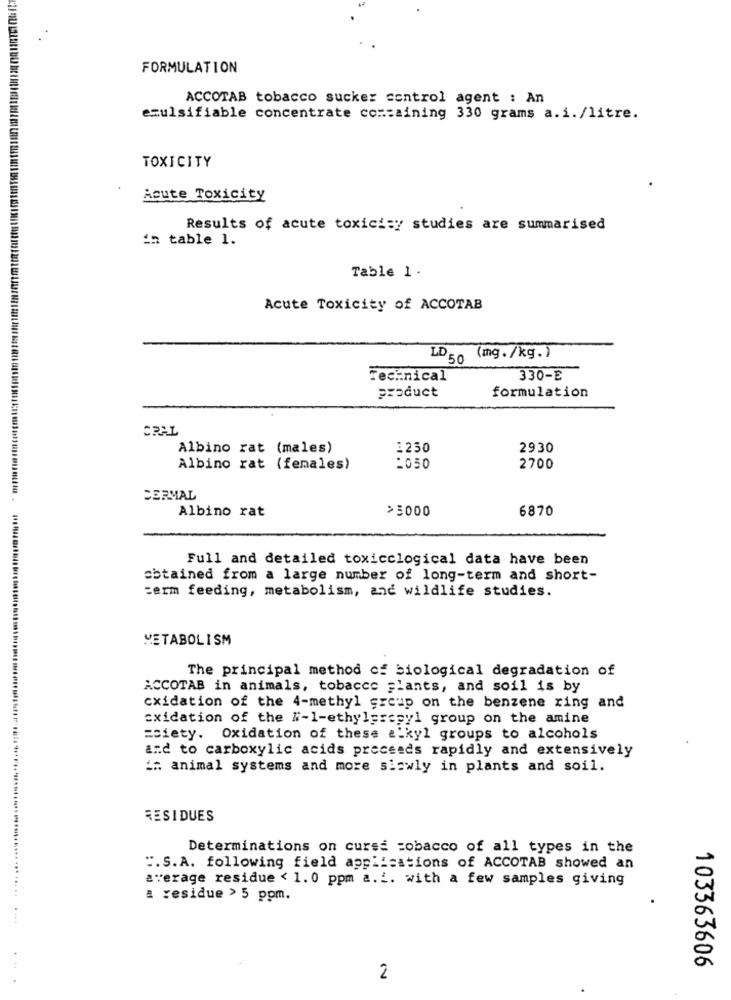
FORMULATION
ACCOTAB tobacco sucker control agent : An
emulsifiable concentrate containing 330 grams a.i. /litre.
TOXICITY
Acute Toxicity
Results of acute toxici:y studies are summarised
in table 1.
Table 1 .
Acute Toxicity of ACCOTAB
LD 50 (mg./kg.)
Technical
330-E
product
formulation
CRAL
Albino rat (males)
:250
2930
Albino rat (females)
:050
2700
DERMAL
Albino rat
>5000
6870
Full and detailed toxicclogical data have been
obtained from a large number of long-term and short-
term feeding, metabolism, and wildlife studies.
METABOLISM
The principal method of biological degradation of
ACCOTAB in animals, tobacco plants, and soil is by
cxidation of the 4-methyl group on the benzene ring and
oxidation of the #-1-ethyleresyl group on the amine
=ciety. Oxidation of these alkyl groups to alcohols
and to carboxylic acids preceeds rapidly and extensively
" animal systems and more slowly in plants and soil.
RESIDUES
Determinations on cursa tobacco of all types in the
".S.A. following field applications of ACCOTAB showed an
average residue < 1.0 ppm a.i. with a few samples giving
a :esidue > 5 ppm.
103363606
2